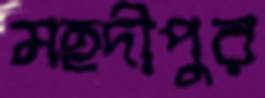
মহদীপুর